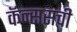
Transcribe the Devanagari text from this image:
कॅन्ससची